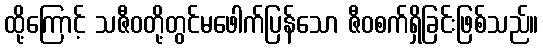
ထို့ကြောင့် သဇီဝတို့တွင်မဖေါက်ပြန်သော ဇီဝစက်ရှိခြင်းဖြစ်သည်။